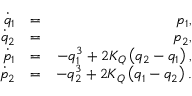
\begin{array} { r l r } { \dot { q } _ { 1 } } & { = } & { p _ { 1 } , } \\ { \dot { q } _ { 2 } } & { = } & { p _ { 2 } , } \\ { \dot { p } _ { 1 } } & { = } & { - q _ { 1 } ^ { 3 } + 2 K _ { Q } \left( q _ { 2 } - q _ { 1 } \right) , } \\ { \dot { p } _ { 2 } } & { = } & { - q _ { 2 } ^ { 3 } + 2 K _ { Q } \left( q _ { 1 } - q _ { 2 } \right) . } \end{array}